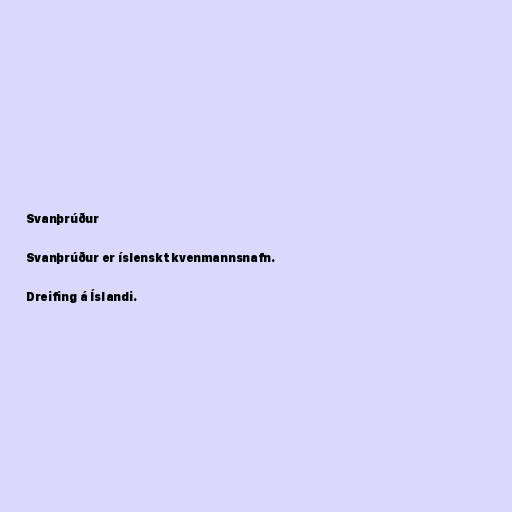
Svanþrúður

Svanþrúður er íslenskt kvenmannsnafn.

Dreifing á Íslandi.